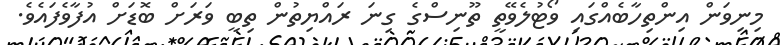
މިނިވަން އިންތިހާބެއްގައި ވޯޓުލެވޭތީ ތޫނިސްގެ ގިނަ ރައްޔިތުން ތިބީ ވަރަށް ބޮޑަށް އުފާވެފައެވެ.